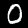
Digit: 0